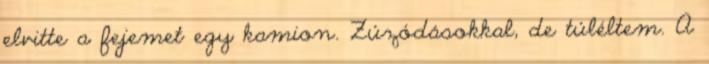
elvitte a fejemet egy kamion. Zúzódásokkal, de túléltem. A